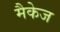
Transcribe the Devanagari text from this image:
मैकेज